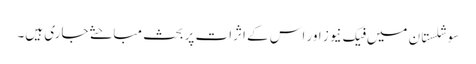
سوشلستان میں فیک نیوز اور اس کے اثرات پر بحث مباحثے جاری ہیں۔